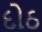
દોઠ